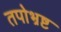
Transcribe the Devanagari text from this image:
तपोभ्रष्ट